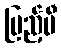
ပြည့်မီ